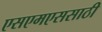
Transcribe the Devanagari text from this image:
एसएमएससाठी